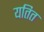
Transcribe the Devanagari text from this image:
यतित